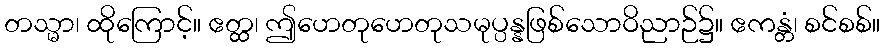
တသ္မာ၊ ထိုကြောင့်။ ဧတ္ထ၊ ဤဟေတုဟေတုသမုပ္ပန္နဖြစ်သောဝိညာဉ်၌။ ဧကန္တံ၊ စင်စစ်။